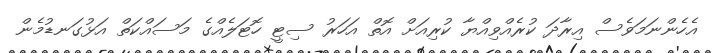
އެހެންނަމަވެސް އިރާދަ ކުރެއްވިއްޔާ ކުރިއަށް އޮތް އަހަރު ސިޓީ ހޮޓަލެއްގެ މަސައްކަތް އަޅުގަނޑުމެން